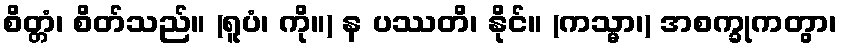
စိတ္တံ၊ စိတ်သည်။ (ရူပံ၊ ကို။) န ပဿတိ၊ နိုင်။ (ကသ္မာ၊) အစက္ခုကတွာ၊